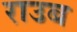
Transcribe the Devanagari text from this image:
राउब